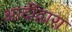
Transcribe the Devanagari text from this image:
आदींद्वारा